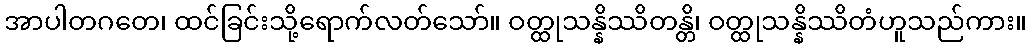
အာပါတဂတေ၊ ထင်ခြင်းသို့ရောက်လတ်သော်။ ဝတ္ထုသန္နိဿိတန္တိ၊ ဝတ္ထုသန္နိဿိတံဟူသည်ကား။